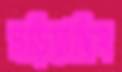
নড়িয়াছিস